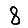
Digit: 8